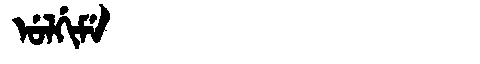
Manchu: ᡠᠯᡤᡳᠮᡝ
Romanization: ULGIME